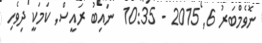
ނޮވެމްބަރު 6